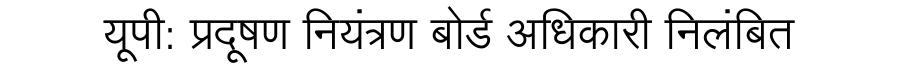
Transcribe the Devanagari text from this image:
यूपी: प्रदूषण नियंत्रण बोर्ड अधिकारी निलंबित